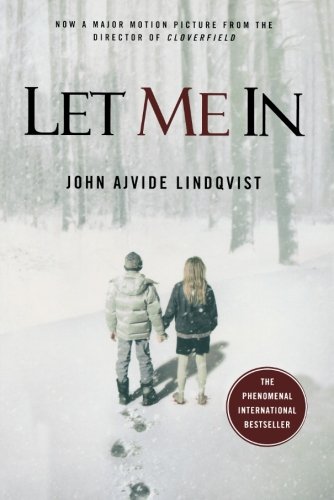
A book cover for Let Me In; John Ajvide Lindqvist; Science Fiction & Fantasy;